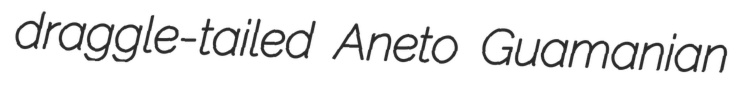
draggle-tailed Aneto Guamanian